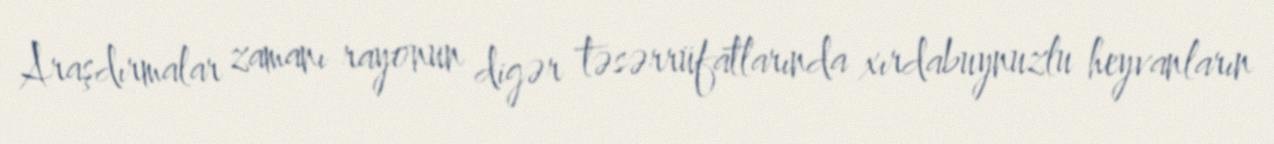
Araşdırmalar zamanı rayonun digər təsərrüfatlarında xırdabuynuzlu heyvanların